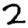
Digit: 2